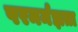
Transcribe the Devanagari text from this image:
परमर्मज्ञता